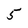
Character: 5